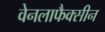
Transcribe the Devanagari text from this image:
वेनलाफैक्सीन